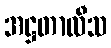
အဋ္ဌတာလီသ